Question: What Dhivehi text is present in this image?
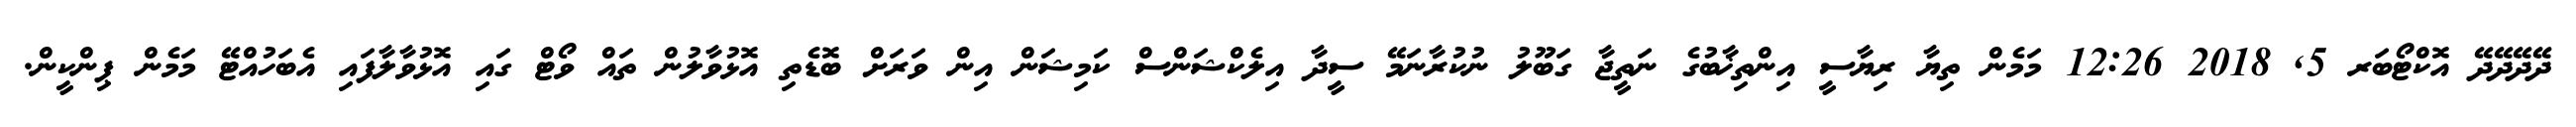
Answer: ދޭދޭދޭދޭ އޮކްޓޯބަރ 5, 2018 12:26 މަމެން ތިޔާ ރިޔާސީ އިންތިޚާބުގެ ނަތީޖާ ގަބޫލު ނުކުރާނަމޭ ސީދާ އިލެކްޝަންސް ކަމިޝަން އިން ވަރަށް ބޮޑެތި އޮޅުވާލުން ތައް ވޯޓް ގައި އޮޅުވާލާފައި އެބަހުއްޓޭ މަމެން ޕިންކީން.